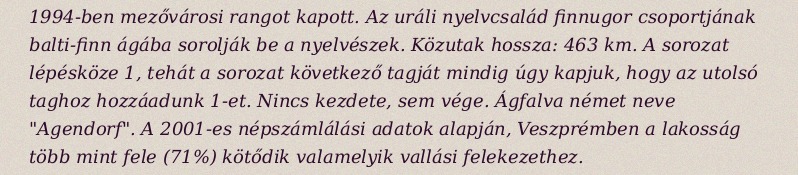
1994-ben mezővárosi rangot kapott. Az uráli nyelvcsalád finnugor csoportjának balti-finn ágába sorolják be a nyelvészek. Közutak hossza: 463 km. A sorozat lépésköze 1, tehát a sorozat következő tagját mindig úgy kapjuk, hogy az utolsó taghoz hozzáadunk 1-et. Nincs kezdete, sem vége. Ágfalva német neve "Agendorf". A 2001-es népszámlálási adatok alapján, Veszprémben a lakosság több mint fele (71%) kötődik valamelyik vallási felekezethez.